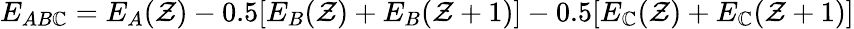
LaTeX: E_{AB\mathbb{C}}=E_{A}(\mathcal{Z})-0.5[E_{B}(\mathcal{Z})+E_{B}(\mathcal{Z}+1)]-0.5[E_{\mathbb{C}}(\mathcal{Z})+E_{\mathbb{C}}(\mathcal{Z}+1)]